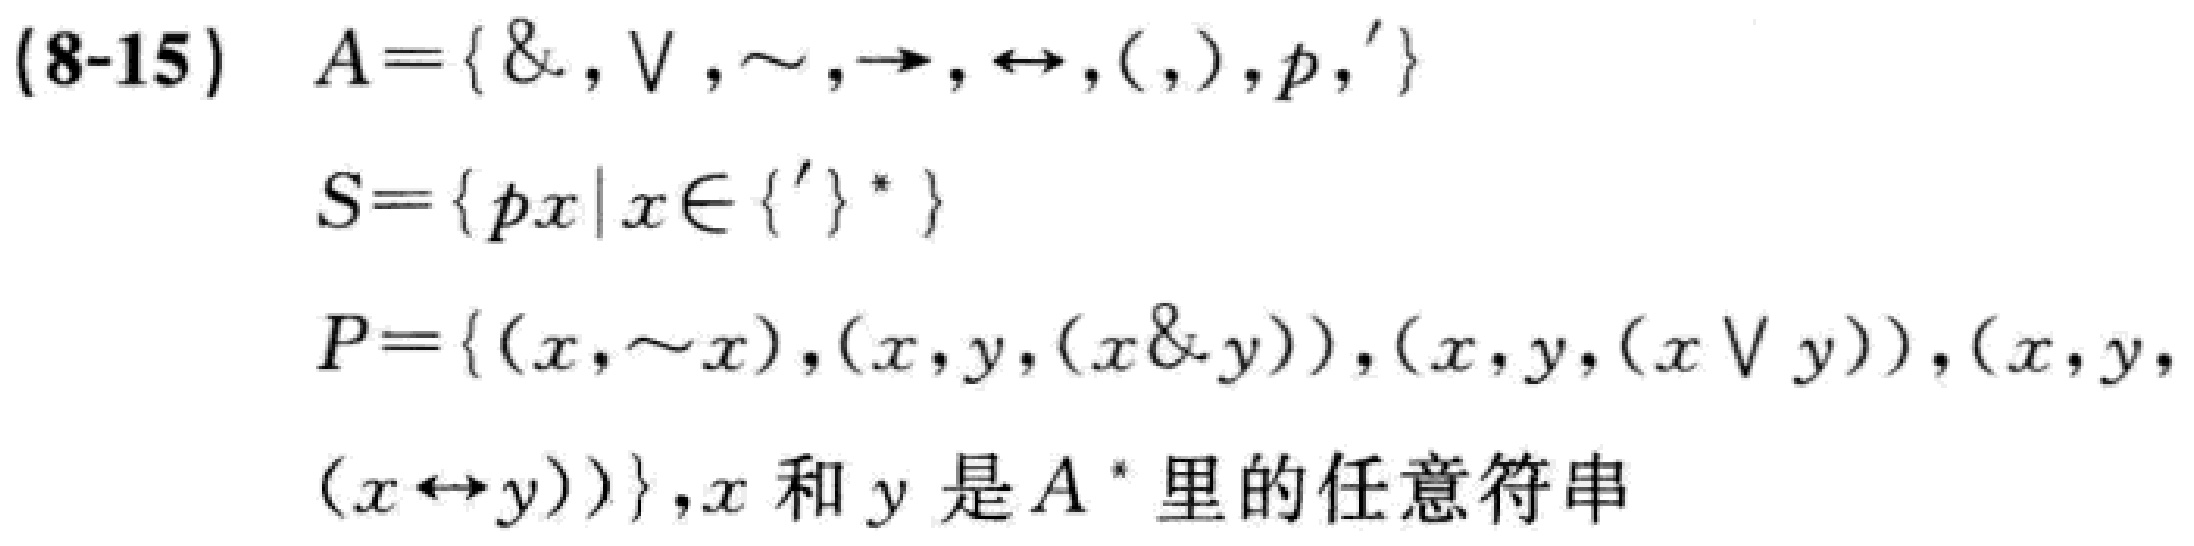
(8-15) \(A = \{ \&, \vee, \sim, \to, \leftrightarrow, (, ), p, '\}\)

\(S = \{ px \mid x \in \{ '\}^* \}\)

\(P = \{ (x, \sim x), (x, y, (x \& y)), (x, y, (x \vee y)), (x, y, (x \leftrightarrow y))\}, x \text{ 和 } y \text{ 是 } A^* \text{ 里的任意符串}\)